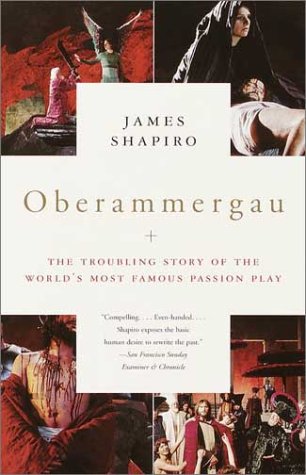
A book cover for Oberammergau: The Troubling Story of the World's Most Famous Passion Play; James Shapiro; Literature & Fiction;